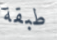
طبقة